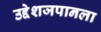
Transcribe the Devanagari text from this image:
उद्देशजपानला